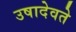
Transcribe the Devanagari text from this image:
उषादेवते